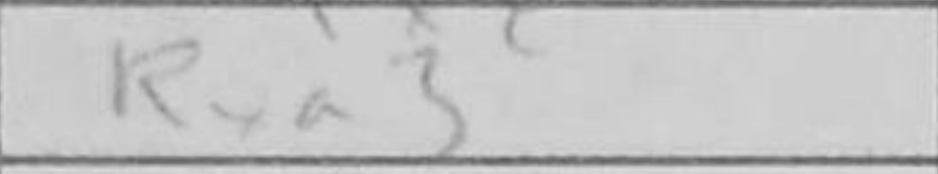
Transcription: Rxa3